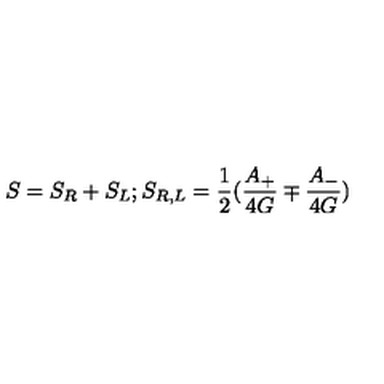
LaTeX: S = S _ { R } + S _ { L } ; S _ { R , L } = { \frac { 1 } { 2 } } ( { \frac { A _ { + } } { 4 G } } \mp { \frac { A _ { - } } { 4 G } } )